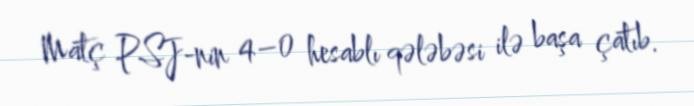
Matç PSJ-nin 4–0 hesablı qələbəsi ilə başa çatıb.